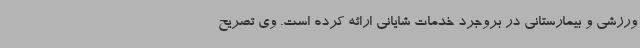
ورزشی و بیمارستانی در بروجرد خدمات شایانی ارائه کرده است. وی تصریح